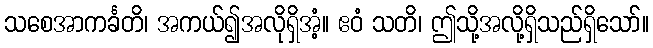
သစေအာကင်္ခတိ၊ အကယ်၍အလိုရှိအံ့။ ဧဝံ သတိ၊ ဤသို့အလို့ရှိသည်ရှိသော်။